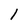
Character: 1